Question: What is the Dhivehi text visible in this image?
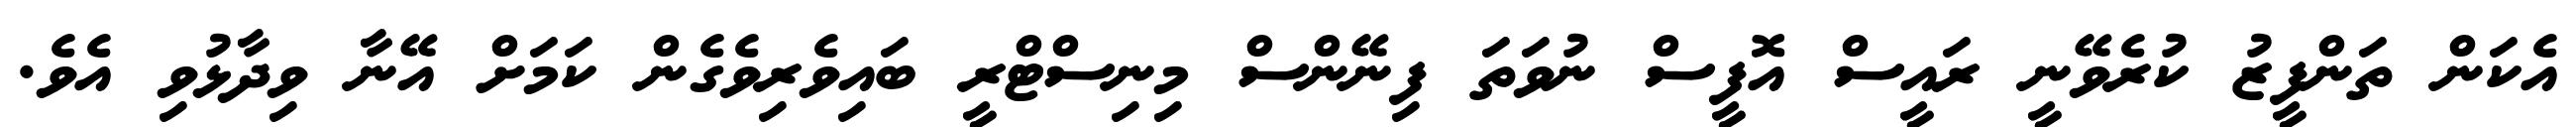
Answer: އެކަން ތަންފީޒު ކުރެވޭނީ ރައީސް އޮފީސް ނުވަތަ ފިނޭންސް މިނިސްޓްރީ ބައިވެރިވެގެން ކަމަށް އޭނާ ވިދާޅުވި އެވެ.